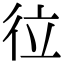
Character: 𢓔